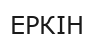
ЕРКІН